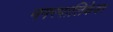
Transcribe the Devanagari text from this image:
नगरपालिकेवर